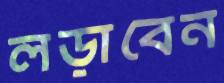
লড়াবেন